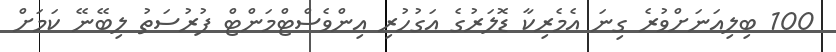
100 ބިލިއަނަށްވުރެ ގިނަ އެމެރިކާ ޑޮލަރުގެ އަގުހުރި އިންވެސްޓްމަންޓް ފުރުސަތު ލިބޭނޭ ކަމަށް